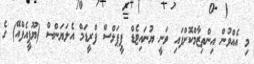
މި އެއްވުން އިންތިޒާާމްކޮށްފައި ވަނީ ޔުނައިޓެޑް ޕީޕަލްސް ފްރީޑަމް އެލަޔަންސް (ޔޫޕީއެފްއޭ) ގެ